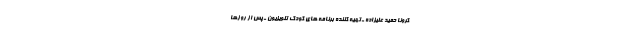
کرونا حمید علیزاده ـ تهیه کننده برنامه های کودک تلویزیون ـ پس از روزها